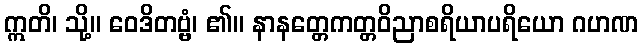
ဣတိ၊ သို့။ ဝေဒိတဗ္ဗံ၊ ၏။ နာနတ္တေကတ္တဝိညာစရိယာပရိယော ဂဟဏ